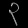
Digit: ၃